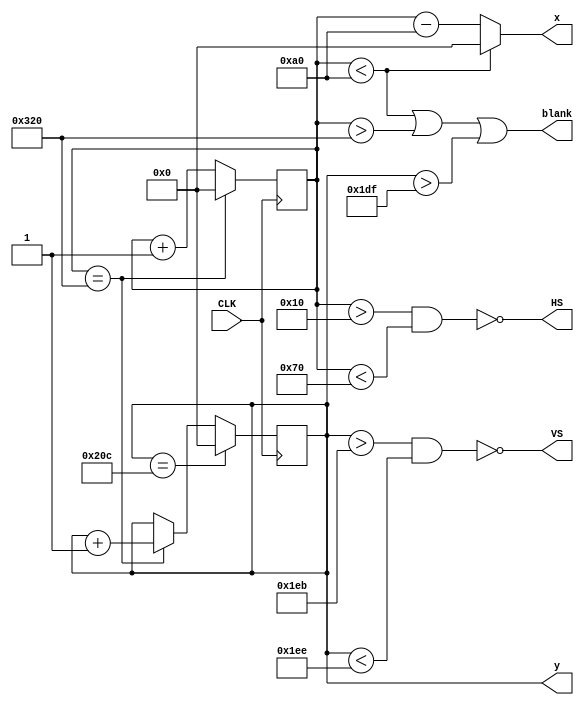
`timescale 1ns / 1ps
//////////////////////////////////////////////////////////////////////////////////
// Company: 
// 
// Design Name: 
// Module Name:    vga 
// Project Name: 
// Target Devices: 
// Tool versions: 
// Description: 
//
// Dependencies: 
//
// Revision: 
// Revision 0.01 - File Created
// Additional Comments: 
//
//////////////////////////////////////////////////////////////////////////////////
module vga(
    input CLK,  
    output HS, VS,
    output [9:0] x,
    output reg [9:0] y,
    output blank
    );
reg a ;
reg [9:0] xc;

 
// Horizontal 640 + fp 16 + HS 96 + bp 48 = 800 pixel clocks
// Vertical, 480 + fp 11 lines + VS 2 lines + bp 31 lines = 524 lines
assign blank = ((xc < 160) | (xc > 800) | (y > 479));
assign HS = ~ ((xc > 16) & (xc < 112));
assign VS = ~ ((y > 491) & (y < 494));
assign x = ((xc < 160)?0:(xc - 160));




always @(posedge CLK)
begin
  if (xc == 800)
  begin
    xc <= 0;
    y <= y + 1;
  end
  else begin
    xc <= xc + 1;
  end
  if (y == 524)
  begin
    y <= 0; 
  end
end

endmodule